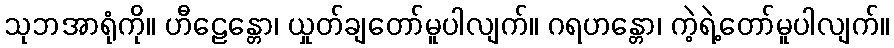
သုဘအာရုံကို။ ဟီဠေန္တော၊ ယှုတ်ချတော်မူပါလျက်။ ဂရဟန္တော၊ ကဲ့ရဲ့တော်မူပါလျက်။